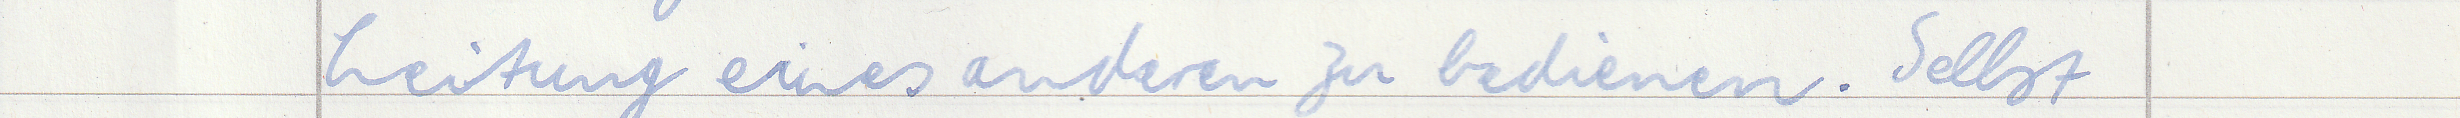
Leitung eines anderen zu bedienen. Selbst